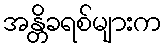
အန္တိခရစ်များက